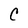
Character: C